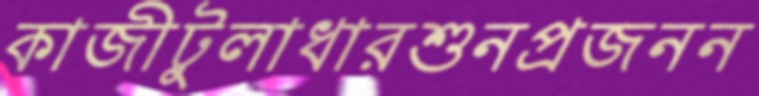
কাজীটুলাধারশুনপ্রজনন